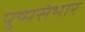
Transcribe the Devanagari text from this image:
पुष्पसंभार